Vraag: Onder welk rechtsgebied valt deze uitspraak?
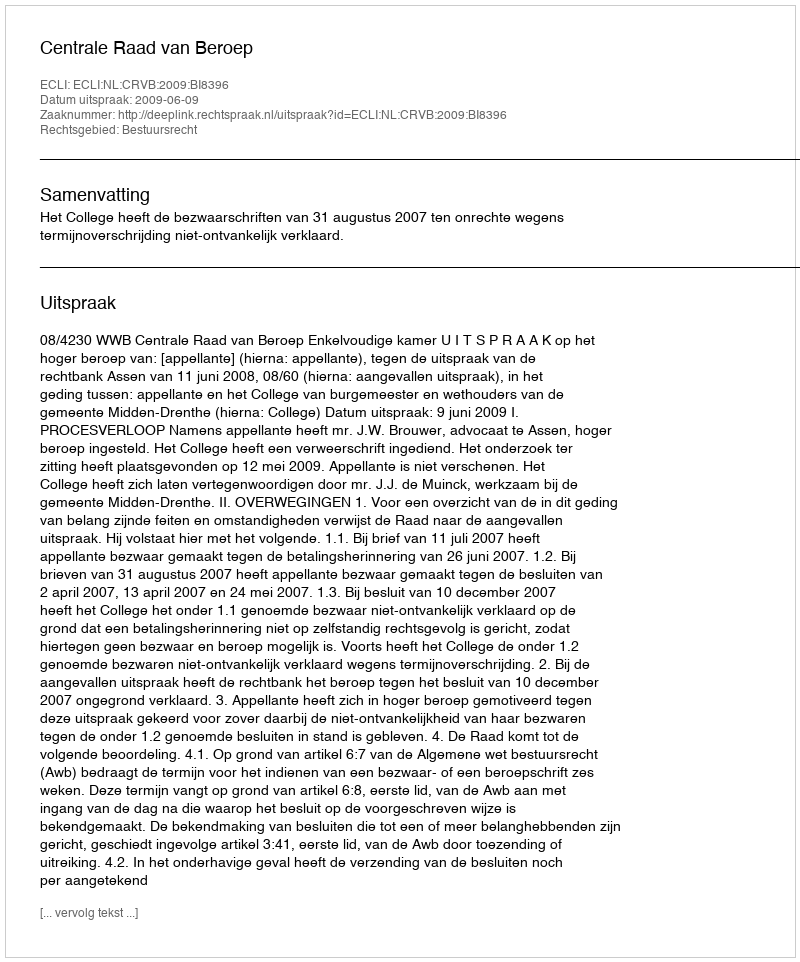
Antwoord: Bestuursrecht